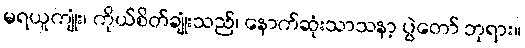
မရယူကျုံး၊ ကိုယ်စိတ်ချုံးသည်၊ နောက်ဆုံးသာသနာ့ ပွဲတော် ဘုရား။